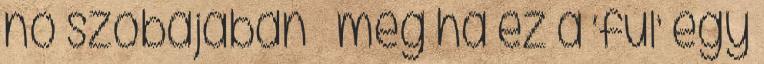
nő szobájában – még ha ez a ‘fül’ egy